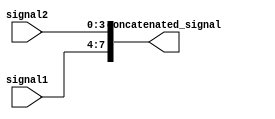
module concatenation_example (
    input [3:0] signal1,
    input [3:0] signal2,
    output [7:0] concatenated_signal
);

assign concatenated_signal = {signal1, signal2};

endmodule